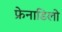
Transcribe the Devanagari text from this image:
फ्रेनाडिलो